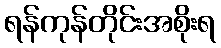
ရန်ကုန်တိုင်းအစိုးရ